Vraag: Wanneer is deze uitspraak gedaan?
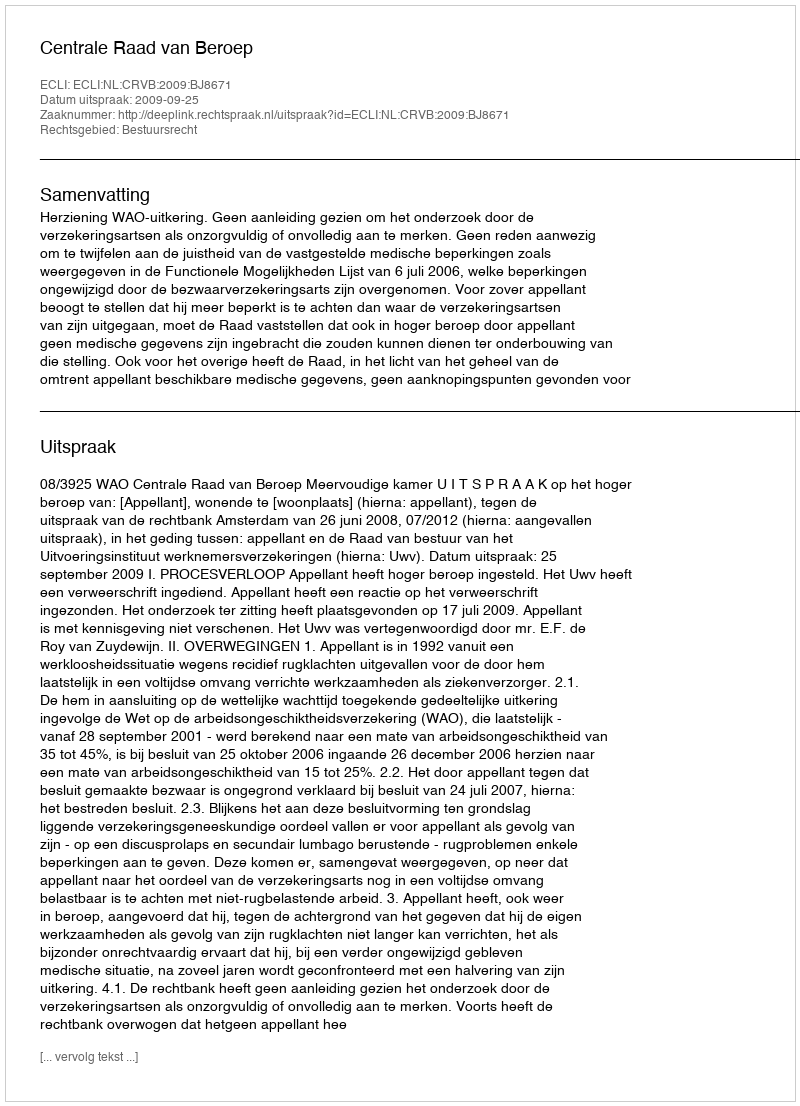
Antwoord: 2009-09-25